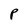
Character: P